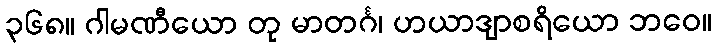
၃၆၈။ ဂါမဏီယော တု မာတင်္ဂ၊ ဟယာဒျာစရိယော ဘဝေ။